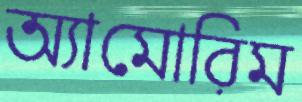
অ্যামোরিম